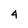
Character: 4